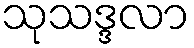
သုသဒ္ဒလာ